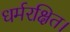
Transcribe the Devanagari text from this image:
धर्मरक्षित।